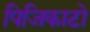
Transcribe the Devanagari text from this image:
पिजिकाटो